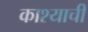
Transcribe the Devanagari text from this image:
काश्याची